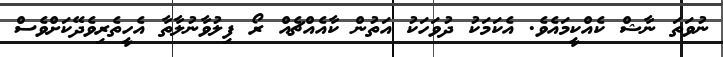
ނުވަތަ ނާޝް ކެއްކީމައެވެ. އެކަމަކު ދުވަހަކު އަތުން ކާއެއްޗެއް ރޯ ފިލުވާނުލާތާ އެހީތެރިވެދޭކަށްވެސް